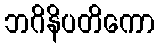
ဘဂိနိပတိကော